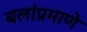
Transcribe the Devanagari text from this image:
बलांप्रमाणे